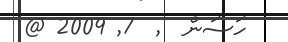
ހަސަން